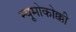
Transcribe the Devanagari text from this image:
न्यूमोकोक्की